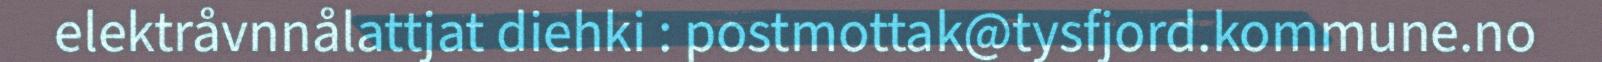
elektråvnnålattjat diehki : postmottak@tysfjord.kommune.no